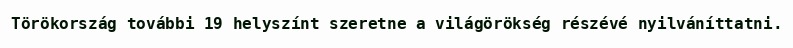
Törökország további 19 helyszínt szeretne a világörökség részévé nyilváníttatni.